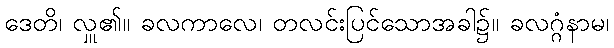
ဒေတိ၊ လှူ၏။ ခလကာလေ၊ တလင်းပြင်သောအခါ၌။ ခလဂ္ဂံနာမ၊